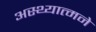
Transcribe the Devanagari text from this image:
अस्थ्यात्मने